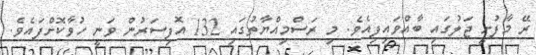
ރޭ މާފުށީ ޖަލުގައި ބާއްވައިފިއެވެ. މި ރަސްމިއްޔާތުގައި 132 އޮފިސަރުން ވަނީ ހުވާކޮށްފައެވެ.